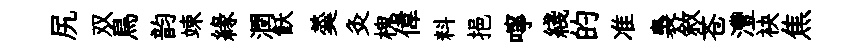
尻双鳥韵竦緣潤飫羮灸槐偉料挹嚀綫的准裊敘苍灃袂焦